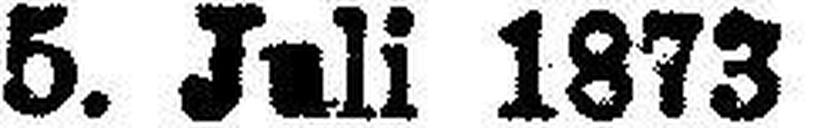
5. Juli 1873